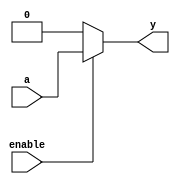
//  **************************************************
//  *              bufif0 table design               *
//  **************************************************


module bufif0_gate(input a, input enable, output y);
  assign y = enable ? a : 0;
endmodule